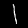
Label: 1